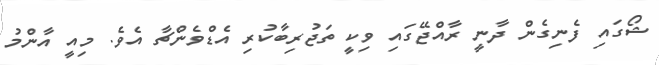
ޝޯގައި ފެނިގެން ދާނީ ރާއްޖޭގައި ވިކީ ތަޖުރިބާކުރި އެޑްވެންޗާ އެވެ. މިއީ އާންމު